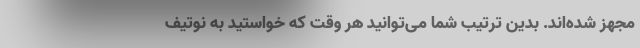
مجهز شده‌اند. بدین ترتیب شما می‌توانید هر وقت که خواستید به نوتیف